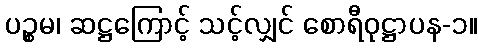
ပဉ္စမ၊ ဆဋ္ဌကြောင့် သင့်လျှင် စောရီဝုဋ္ဌာပန-၁။